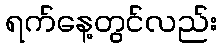
ရက်နေ့တွင်လည်း